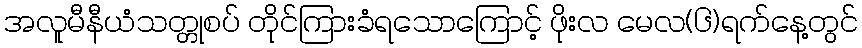
အလူမီနီယံသတ္တုစပ် တိုင်ကြားခံရသောကြောင့် ဖိုးလ မေလ(၆)ရက်နေ့တွင်